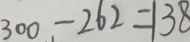
3 0 0 - 2 6 2 = 1 3 8